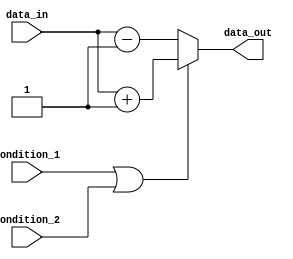
module if_else_logical_or (
    input wire condition_1,
    input wire condition_2,
    input wire data_in,
    output reg data_out
);

always @(*) begin
    if (condition_1 || condition_2) begin
        // If at least one condition is true, execute this block
        data_out = data_in + 1;
    end
    else begin
        // If both conditions are false, execute this block
        data_out = data_in - 1;
    end
end

endmodule